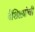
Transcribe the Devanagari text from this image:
वैशिष्टय़ांची